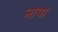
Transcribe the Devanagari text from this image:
नाया